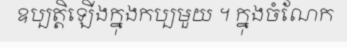
ឧប្បត្តិឡើងក្នុងកប្បមួយ ។ ក្នុងចំណែក